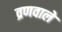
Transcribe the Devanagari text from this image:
व्रणवाले